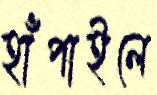
হাঁপাইলে